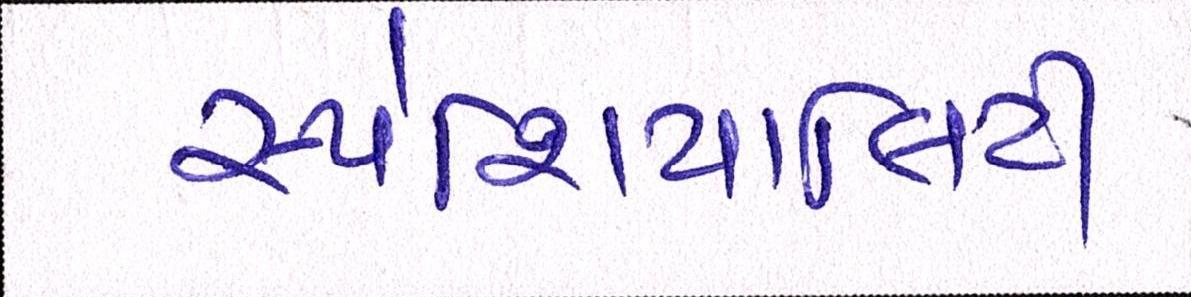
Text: સ્પેશિયાલિટી